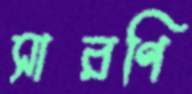
সারণি